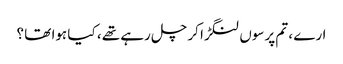
ارے ، تم پرسوں لنگڑا کر چل رہے تھے ، کیا ہوا تھا ؟